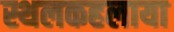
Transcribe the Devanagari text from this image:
स्थलकहलाया